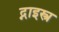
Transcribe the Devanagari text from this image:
द्नाइस्त्र